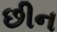
છીન